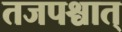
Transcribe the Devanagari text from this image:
तजपश्चात्